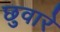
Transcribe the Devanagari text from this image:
छुवारे